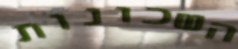
השכונות